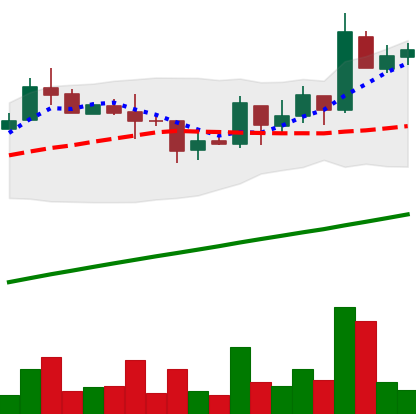
Ticker: LTC-USD
Chart end date: 2017-08-26
Forward return: 37.306%
Label: up_7plus